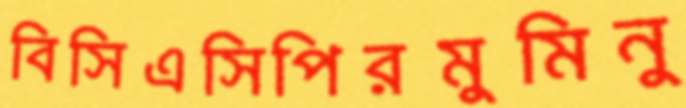
বিসিএসিপিরমুমিনু